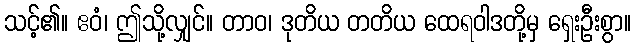
သင့်၏။ ဧဝံ၊ ဤသို့လျှင်။ တာဝ၊ ဒုတိယ တတိယ ထေရဝါဒတို့မှ ရှေးဦးစွာ။